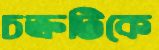
চক্রটিকে